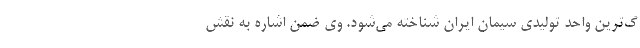
گ‌ترین واحد تولیدی سیمان ایران شناخته می‌شود. وی ضمن اشاره به نقش